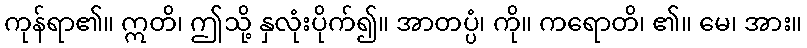
ကုန်ရာ၏။ ဣတိ၊ ဤသို့ နှလုံးပိုက်၍။ အာတပ္ပံ၊ ကို။ ကရောတိ၊ ၏။ မေ၊ အား။